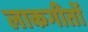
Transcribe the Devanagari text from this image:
लाकगीतों